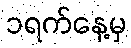
၁ရက်နေ့မှ